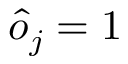
\hat { o } _ { j } = 1